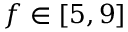
f \in [ 5 , 9 ]